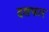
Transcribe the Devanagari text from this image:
दशफार